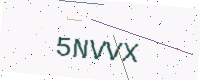
Text: 5NVVX